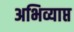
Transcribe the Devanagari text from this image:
अभिव्याप्त